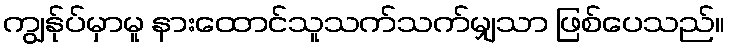
ကျွန်ုပ်မှာမူ နားထောင်သူသက်သက်မျှသာ ဖြစ်ပေသည်။